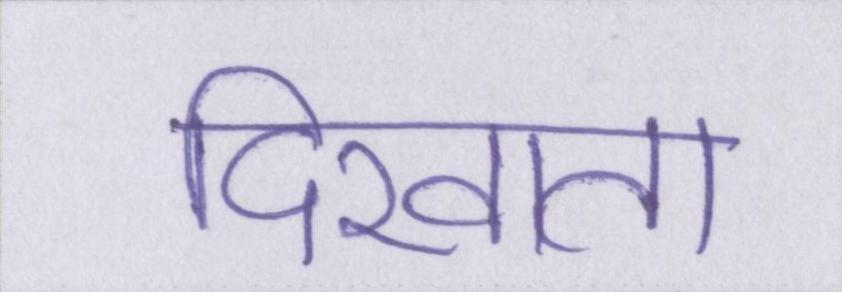
दिखाता